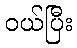
ဝယ်ပြီး